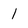
Character: 1